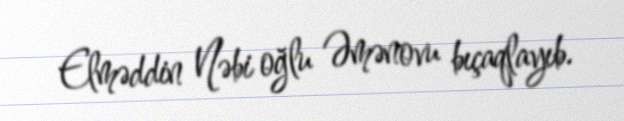
Elməddin Nəbi oğlu Əmənovu bıçaqlayıb.